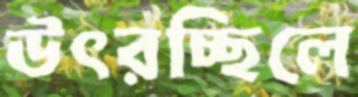
উৎরচ্ছিলে